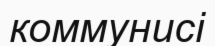
коммунисі